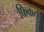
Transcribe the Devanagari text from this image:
फिकठ